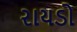
રાયડો